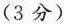
(3分)